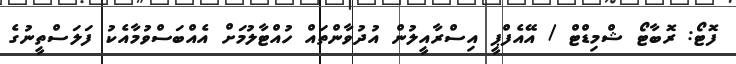
ފޮޓޯ: ރޮބާޓޯ ޝްމިޑްޓް / އޭއެފްޕީ އިސްރާއީލުން އުދުވާންތައް ހުއްޓާލުމަށް އެއްބަސްވުމާއެކު ފަލަސްތީނުގެ